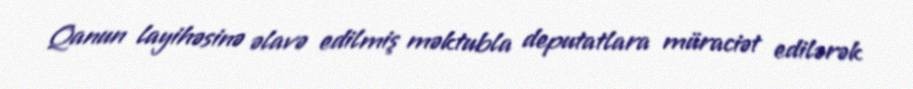
Qanun layihəsinə əlavə edilmiş məktubla deputatlara müraciət edilərək